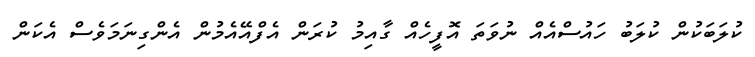
ކުލަބަކުން ކުލަބު ހައުސްއެއް ނުވަތަ އޮފީހެއް ގާއިމު ކުރަން އެފްއޭއެމުން އެންގިނަމަވެސް އެކަން